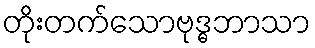
တိုးတက်သောဗုဒ္ဓဘာသာ